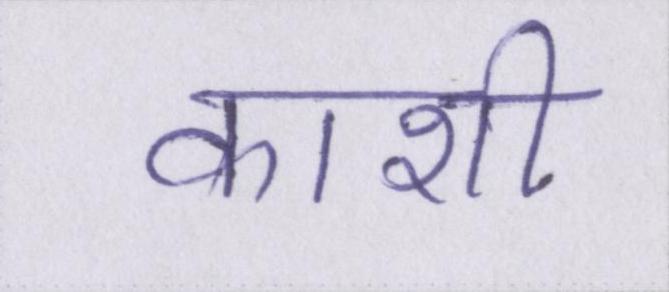
काशी